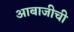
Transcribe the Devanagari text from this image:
आबाजीची